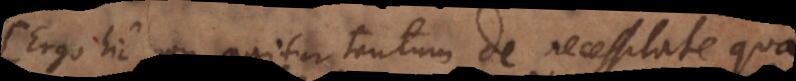
Ergo hic non agitur tantum de necessitate qua